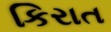
કિરાત